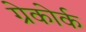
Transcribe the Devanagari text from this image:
ग्रेकोर्क